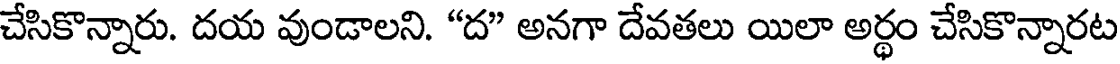
చేసికొన్నారు. దయ వుండాలని. "ద" అనగా దేవతలు యిలా అర్థం చేసికొన్నారట